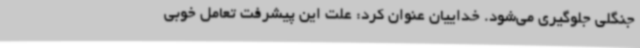
جنگلی جلوگیری می‌شود. خداییان عنوان کرد: علت این پیشرفت تعامل خوبی